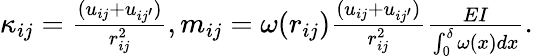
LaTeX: \begin{array}{r}{\kappa_{ij}=\frac{(u_{ij}+u_{ij^{\prime}})}{r_{ij}^{2}},m_{ij}=\omega(r_{ij})\frac{(u_{ij}+u_{ij^{\prime}})}{r_{ij}^{2}}\frac{EI}{\int_{0}^{\delta}\omega(x)dx}.}\end{array}